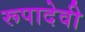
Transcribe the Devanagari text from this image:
रूपादेवी